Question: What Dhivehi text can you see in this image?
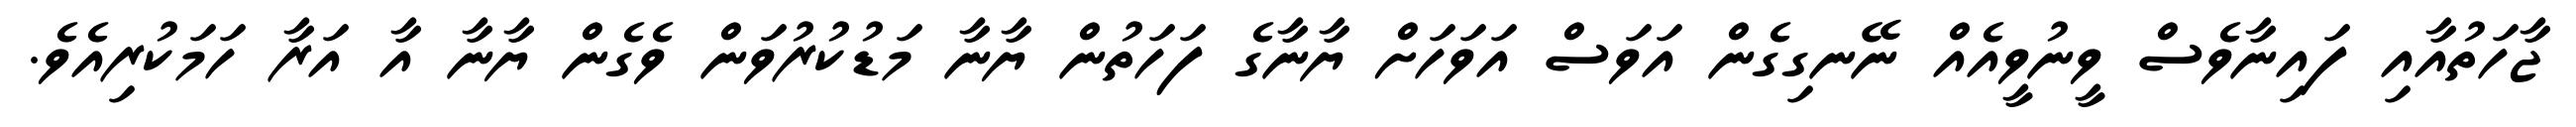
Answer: ޖާހަތުއާއި ފައިނާވެސް ވީނުވީއެއް ނޭނގިގެން އަވަސް އަވަހަށް ޔާނާގެ ފަހަތުން ޔާނާ މަޑުކުރުވަން ވެގެން ޔާނާ އާ އަރާ ހަމަކުރިއެވެ.